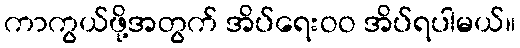
ကာကွယ်ဖို့အတွက် အိပ်ရေးဝဝ အိပ်ရပါမယ်။